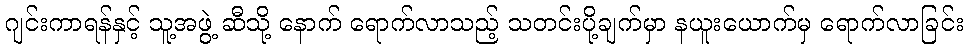
ဂျင်းကာရန်နှင့် သူ့အဖွဲ့ ဆီသို့ နောက် ရောက်လာသည့် သတင်းပို့ချက်မှာ နယူးယောက်မှ ရောက်လာခြင်း